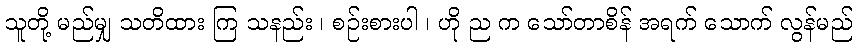
သူတို့ မည်မျှ သတိထား ကြ သနည်း ၊ စဉ်းစားပါ ၊ ဟို ည က သော်တာစိန် အရက် သောက် လွန်မည်